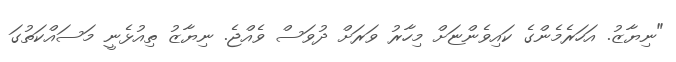
"ނިޔާޒު. އަހަރެމެންގެ ކައިވެންޏަށް މިހާރު ވަރަށް ދުވަސް ވެއްޖެ. ނިޔާޒު ތިއުޅެނީ މަސައްކަތުގަ